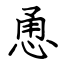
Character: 恿